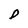
Character: D